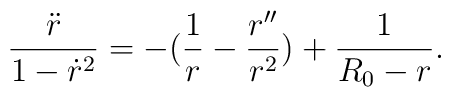
\frac{\ddot{r}}{1 - \dot{r}^2} = - (\frac{1}{r} - \frac{r''}{r^2}) + \frac{1}{R_{0} - r}.